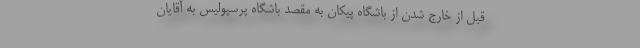
قبل از خارج شدن از باشگاه پیکان به مقصد باشگاه پرسپولیس به آقایان